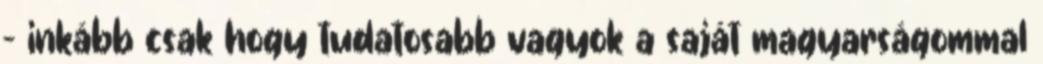
– inkább csak hogy tudatosabb vagyok a saját magyarságommal